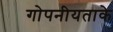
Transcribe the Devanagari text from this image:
गोपनीयताके